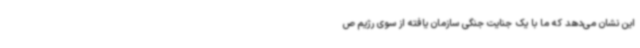
این نشان می‌دهد که ما با یک جنایت جنگی سازمان یافته از سوی رژیم ص